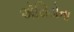
ઍસિડોના